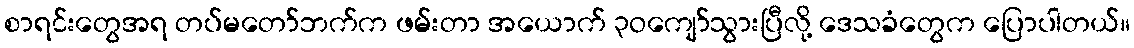
စာရင်းတွေအရ တပ်မတော်ဘက်က ဖမ်းတာ အယောက် ၃ဝကျော်သွားပြီလို့ ဒေသခံတွေက ပြောပါတယ်။